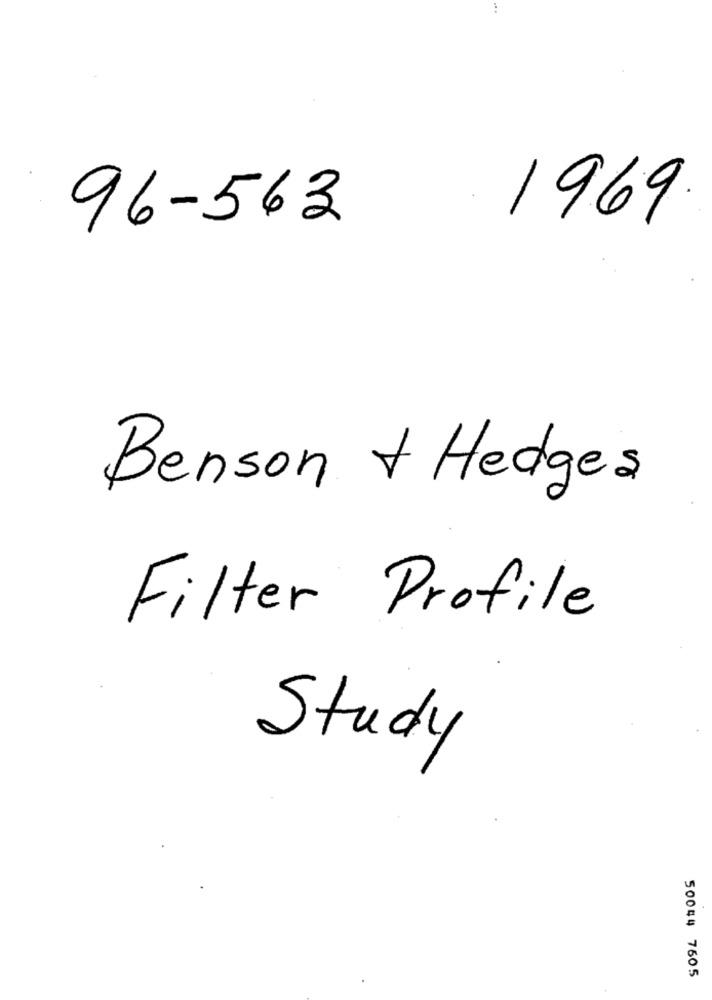
1969.
96-563
Benson + Hedges
Filter Profile
Study
50044 7605